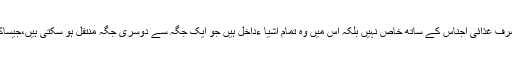
نوٹ:صحیح قول کے مطابق خریدی گئی چیز کوفروخت کرنے سے پہلے اس کے قبضہ ونقل و حمل کاحکم صرف غذائی اجناس کے ساتھ خاص نہیں بلکہ اس میں وہ تمام اشیا ءداخل ہیں جو ایک جگہ سے دوسری جگہ منتقل ہو سکتی ہیں،جیساکہ سیدنازید بن ثابت رضی اللہ عنہ کی روایت سے ثابت ہوتا ہے جس میں غلےّ کی بجائے سامان کا تذکرہ ہے۔